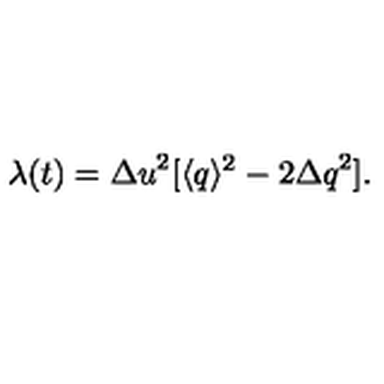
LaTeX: \lambda ( t ) = { \Delta u } ^ { 2 } [ \langle q \rangle ^ { 2 } - 2 { \Delta q } ^ { 2 } ] .